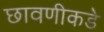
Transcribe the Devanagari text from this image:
छावणीकडे